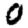
Digit: 0